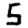
Digit: 5